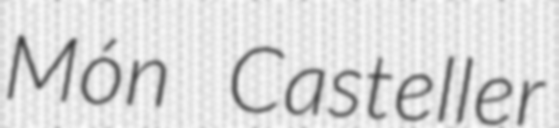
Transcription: Món Casteller